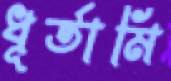
ধূর্তামি